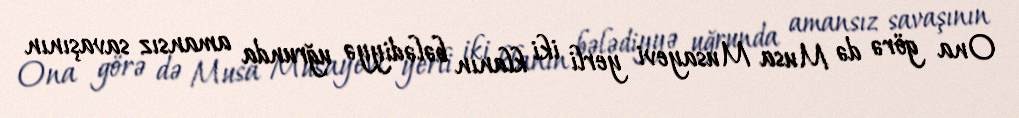
Ona görə də Musa Musayevi yerli iki klanın bələdiyyə uğrunda amansız savaşının